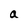
Character: a